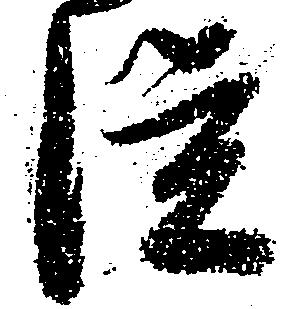
従